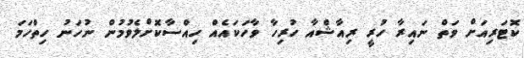
ކޮޓަރިއަށް ވަތް ނައިރާ ހުރީ ރިއާޝްއާ ހުރިހާ ވާހަކައެއް ހިއްސާކޮށްލެވުމުން ނުހަނު ހިތްހަމަ